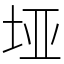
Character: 垭